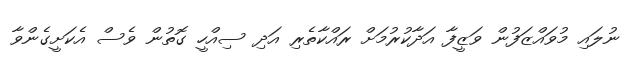
ނުލައި މުވައްޒަފުން ވަޒީފާ އަދާކުރުމަށް ރައްކާތެރި އަދި ސިއްހީ ގޮތުން ވެސް އެކަށީގެންވާ